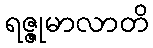
ရဇ္ဇုမာလာတိ